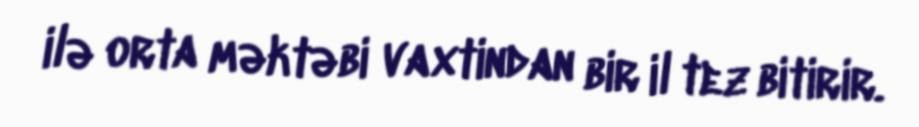
ilə orta məktəbi vaxtindan bir il tez bitirir.